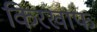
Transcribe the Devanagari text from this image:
किरखाफ